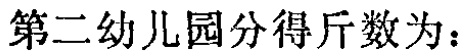
第二幼儿园分得斤数为：